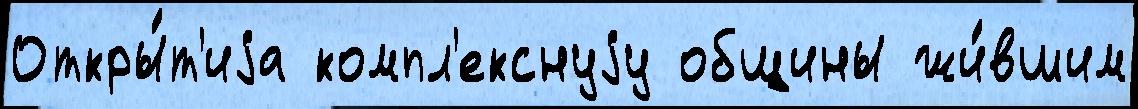
Откры́т'иjа компл'екснуjу общины жи́вшим